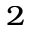
_ 2